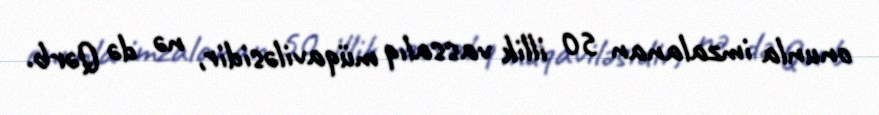
onunla imzalanan 50 illik vassalıq müqaviləsidir, nə də Qərb.